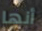
أنها